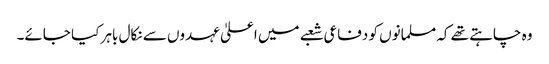
وہ چاہتے تھے کہ مسلمانوں کو دفاعی شعبے میں اعلیٰ عہدوں سے نکال باہر کیا جائے۔